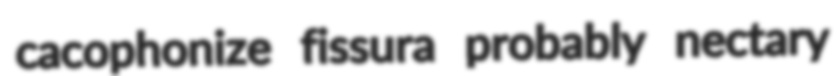
cacophonize fissura probably nectary